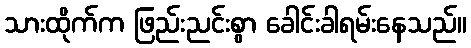
သားထိုက်က ဖြည်းညင်းစွာ ခေါင်းခါရမ်းနေသည်။